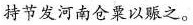
持节发河南仓粟以赈之。